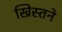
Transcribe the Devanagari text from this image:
ख्रिस्तने